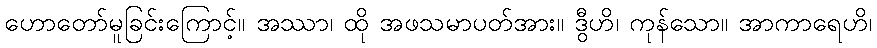
ဟောတော်မူခြင်းကြောင့်။ အဿာ၊ ထို အဖသမာပတ်အား။ ဒွီဟိ၊ ကုန်သော။ အာကာရေဟိ၊